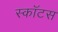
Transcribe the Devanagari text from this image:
स्कॉटस